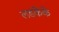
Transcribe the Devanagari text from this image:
लडकेके